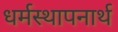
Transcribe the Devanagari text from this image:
धर्मस्थापनार्थ